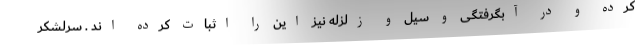
کرده و در آبگرفتگی و سیل و زلزله نیز این را اثبات کرده اند . سرلشکر